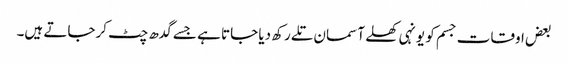
بعض اوقات جسم کو یونہی کھلے آسمان تلے رکھ دیا جاتا ہے جسے گدھ چٹ کرجاتے ہیں۔